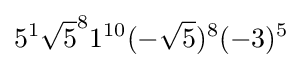
5^{1}{\sqrt {5}}^{8}1^{10}(-{\sqrt {5}})^{8}(-3)^{5}